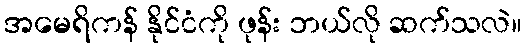
အမေရိကန် နိုင်ငံကို ဖုန်း ဘယ်လို ဆက်သလဲ။